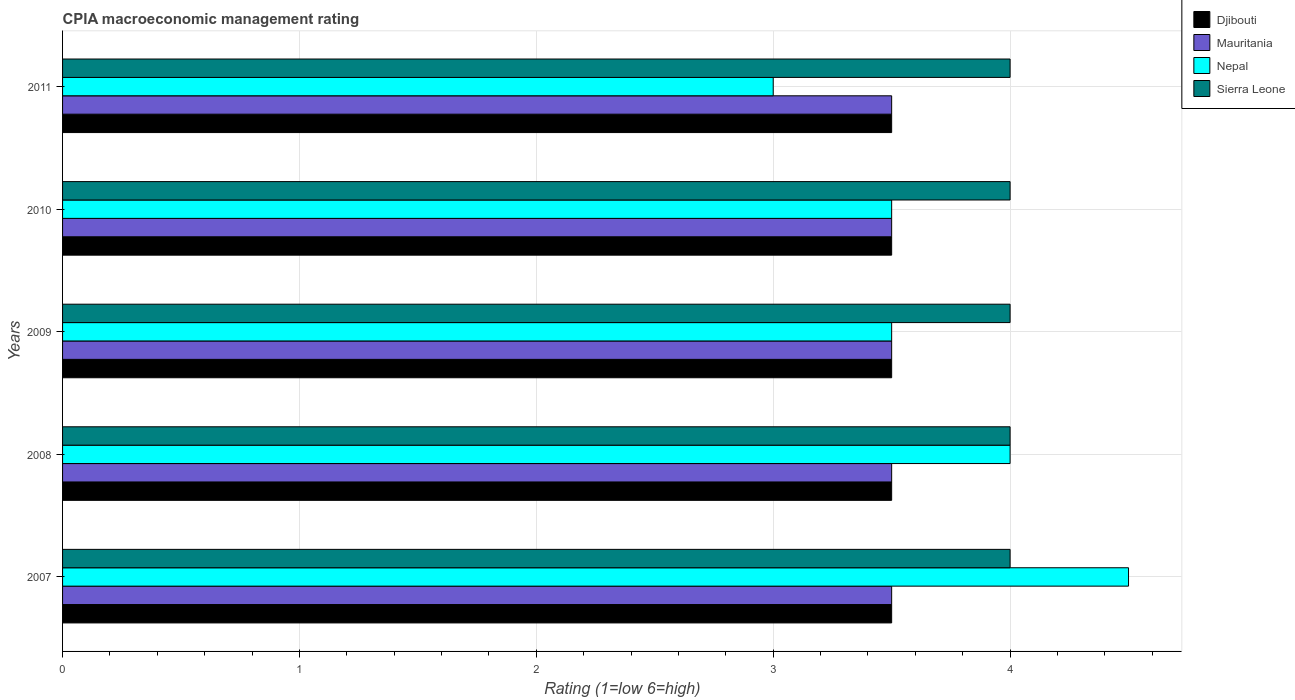
| Years | Djibouti | Mauritania | Nepal | Sierra Leone |
 | --- | --- | --- | --- | --- |
 | 2007 | 3.5 | 3.5 | 4.5 | 4 |
 | 2008 | 3.5 | 3.5 | 4 | 4 |
 | 2009 | 3.5 | 3.5 | 3.5 | 4 |
 | 2010 | 3.5 | 3.5 | 3.5 | 4 |
 | 2011 | 3.5 | 3.5 | 3 | 4 |